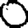
Digit: 0